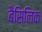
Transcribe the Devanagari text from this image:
बैसिलिक